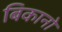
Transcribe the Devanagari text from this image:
बिकानो